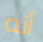
أنه